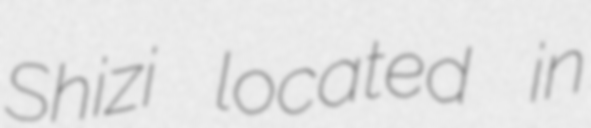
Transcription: Shizi located in